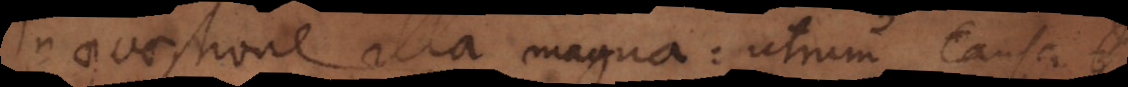
In quaestione illa magna: utrum causa